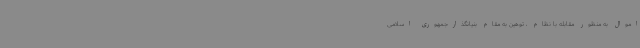
اموال به منظور مقابله با نظام ، توهین به مقام بنیانگذارجمهوری اسلامی